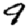
Digit: 9